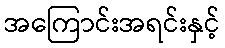
အကြောင်းအရင်းနှင့်